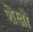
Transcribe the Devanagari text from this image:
शेखो